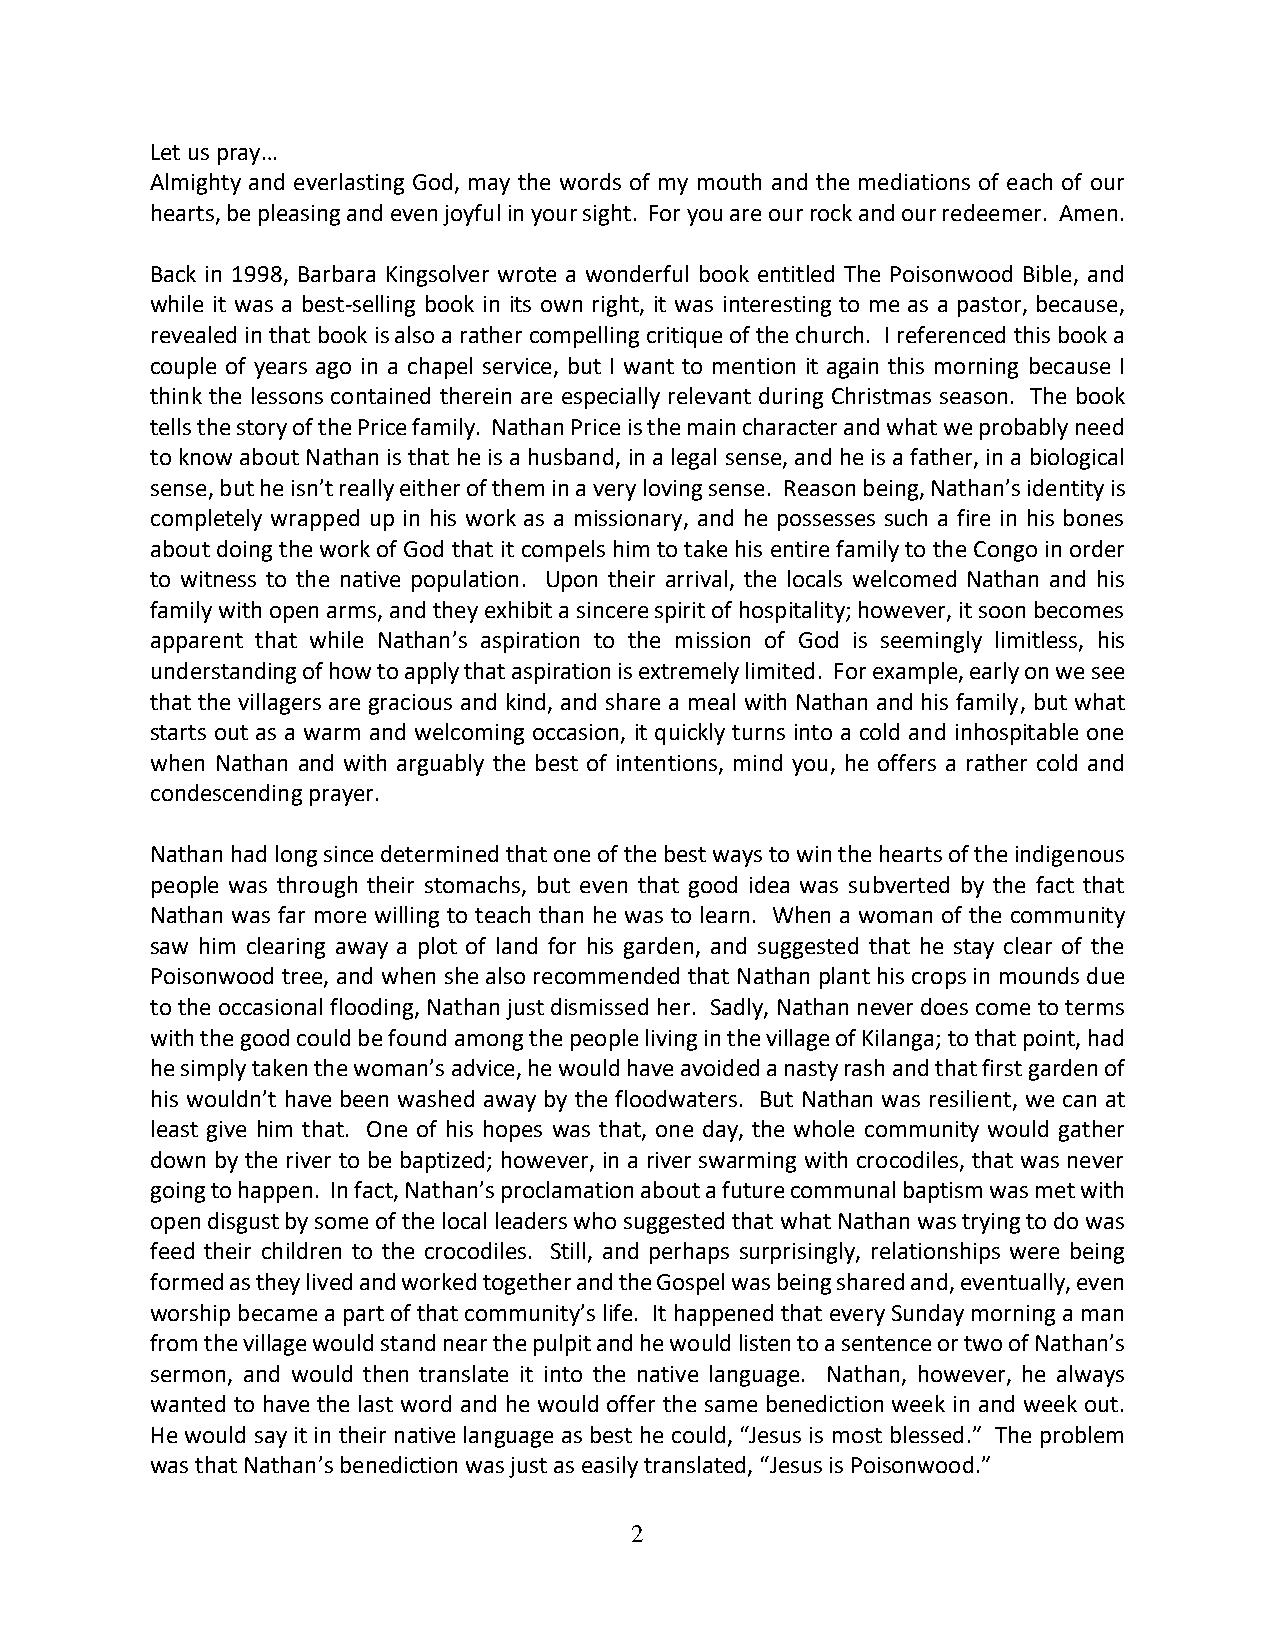
Let us pray…
 Almighty and everlasting God, may the words of my mouth and the mediations of each of our
 hearts, be pleasing and even joyful in your sight. For you are our rock and our redeemer. Amen.
 Back in 1998, Barbara Kingsolver wrote a wonderful book entitled The Poisonwood Bible, and
 while it was a best-selling book in its own right, it was interesting to me as a pastor, because,
 revealed in that book is also a rather compelling critique of the church. I referenced this book a
 couple of years ago in a chapel service, but I want to mention it again this morning because I
 think the lessons contained therein are especially relevant during Christmas season. The book
 tells the story of the Price family. Nathan Price is the main character and what we probably need
 to know about Nathan is that he is a husband, in a legal sense, and he is a father, in a biological
 sense, but he isn’t really either of them in a very loving sense. Reason being, Nathan’s identity is
 completely wrapped up in his work as a missionary, and he possesses such a fire in his bones
 about doing the work of God that it compels him to take his entire family to the Congo in order
 to witness to the native population. Upon their arrival, the locals welcomed Nathan and his
 family with open arms, and they exhibit a sincere spirit of hospitality; however, it soon becomes
 apparent that while Nathan’s aspiration to the mission of God is seemingly limitless, his
 understanding of how to apply that aspiration is extremely limited. For example, early on we see
 that the villagers are gracious and kind, and share a meal with Nathan and his family, but what
 starts out as a warm and welcoming occasion, it quickly turns into a cold and inhospitable one
 when Nathan and with arguably the best of intentions, mind you, he offers a rather cold and
 condescending prayer.
 Nathan had long since determined that one of the best ways to win the hearts of the indigenous
 people was through their stomachs, but even that good idea was subverted by the fact that
 Nathan was far more willing to teach than he was to learn. When a woman of the community
 saw him clearing away a plot of land for his garden, and suggested that he stay clear of the
 Poisonwood tree, and when she also recommended that Nathan plant his crops in mounds due
 to the occasional flooding, Nathan just dismissed her. Sadly, Nathan never does come to terms
 with the good could be found among the people living in the village of Kilanga; to that point, had
 he simply taken the woman’s advice, he would have avoided a nasty rash and that first garden of
 his wouldn’t have been washed away by the floodwaters. But Nathan was resilient, we can at
 least give him that. One of his hopes was that, one day, the whole community would gather
 down by the river to be baptized; however, in a river swarming with crocodiles, that was never
 going to happen. In fact, Nathan’s proclamation about a future communal baptism was met with
 open disgust by some of the local leaders who suggested that what Nathan was trying to do was
 feed their children to the crocodiles. Still, and perhaps surprisingly, relationships were being
 formed as they lived and worked together and the Gospel was being shared and, eventually, even
 worship became a part of that community’s life. It happened that every Sunday morning a man
 from the village would stand near the pulpit and he would listen to a sentence or two of Nathan’s
 sermon, and would then translate it into the native language. Nathan, however, he always
 wanted to have the last word and he would offer the same benediction week in and week out.
 He would say it in their native language as best he could, “Jesus is most blessed.” The problem
 was that Nathan’s benediction was just as easily translated, “Jesus is Poisonwood.”
 2